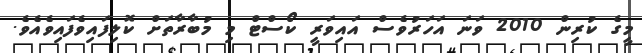
މީގެ ކުރިން 2010 ވަނަ އަހަރުވެސް އައިވަރީ ކޯސްޓް މި މުބާރާތަށް ކޮލިފައިވެފައިވެއެވެ.